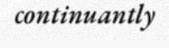
continuantly